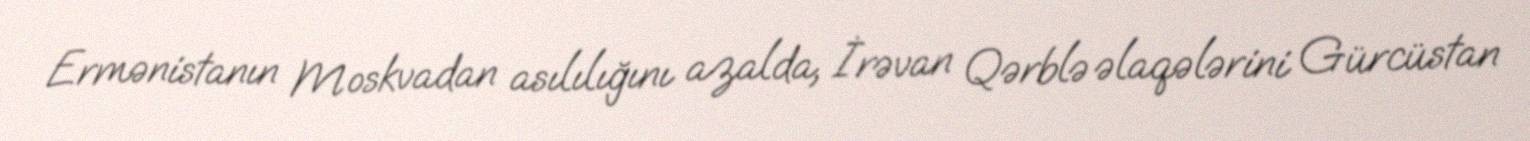
Ermənistanın Moskvadan asılılığını azalda, İrəvan Qərblə əlaqələrini Gürcüstan